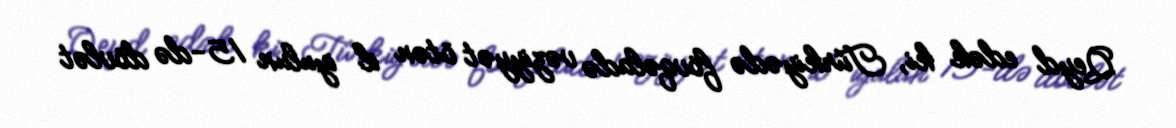
Qeyd edək ki, Türkiyədə fövqəladə vəziyyət ötən il iyulun 15-də dövlət